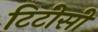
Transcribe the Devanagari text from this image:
टिटीसी